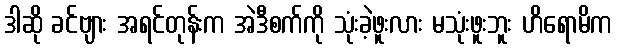
ဒါဆို ခင်ဗျား အရင်တုန်းက အဲဒီစက်ကို သုံးခဲ့ဖူးလား မသုံးဖူးဘူး ဟိရောမိက